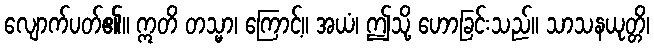
လျောက်ပတ်၏။ ဣတိ တသ္မာ၊ ကြောင့်။ အယံ၊ ဤသို့ ဟောခြင်းသည်။ သာသနယုတ္တိ၊